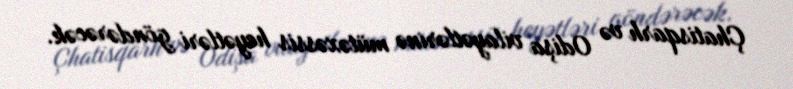
Çhatisqarh və Odişa vilayətlərinə mütəxəssis heyətləri göndərəcək.